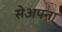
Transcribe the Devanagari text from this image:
सेअपना